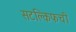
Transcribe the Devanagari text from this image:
सटक्लिफची